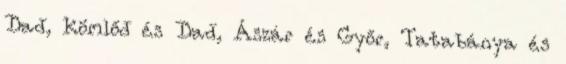
Dad, Kömlőd és Dad, Ászár és Győr, Tatabánya és